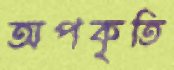
অপকৃতি